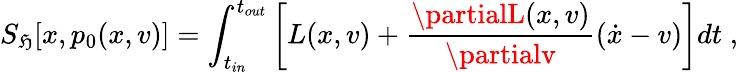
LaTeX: S_{\mathfrak{H}}[x,p_{0}(x,v)]=\int_{t_{in}}^{t_{out}}\left[L(x,v)+\frac{{\partialL(x,v)}}{{\partialv}}(\dot{{x}}-v)\right]dt\; ,